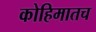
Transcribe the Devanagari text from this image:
कोहिमातच